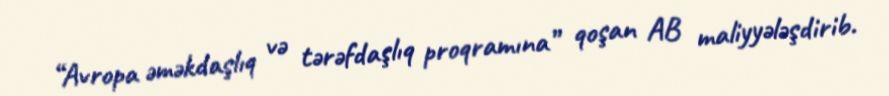
“Avropa əməkdaşlıq və tərəfdaşlıq proqramına” qoşan AB maliyyələşdirib.